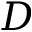
D